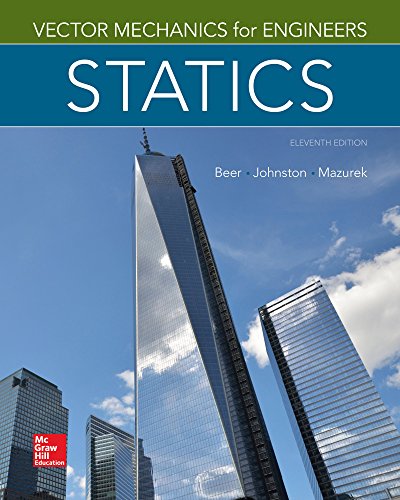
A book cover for Vector Mechanics for Engineers: Statics, 11th Edition; Ferdinand Beer; Engineering & Transportation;